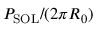
P _ { \mathrm { { S O L } } } / ( 2 \pi R _ { 0 } )